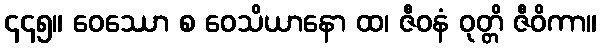
၄၄၅။ ဝေဿော စ ဝေသိယာနော ထ၊ ဇီဝနံ ဝုတ္တိ ဇီဝိကာ။